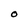
Character: O